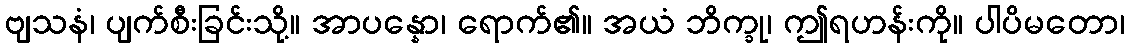
ဗျသနံ၊ ပျက်စီးခြင်းသို့။ အာပန္နော၊ ရောက်၏။ အယံ ဘိက္ခု၊ ဤရဟန်းကို။ ပါပိမတော၊